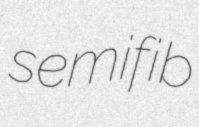
semifib